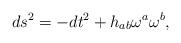
LaTeX: \begin{align*}ds^2 =-dt^2 +h_{ab}\omega^a \omega^b ,\end{align*}